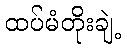
ထပ်မံတိုးချဲ့